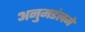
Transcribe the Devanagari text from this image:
अनुमडंलमे